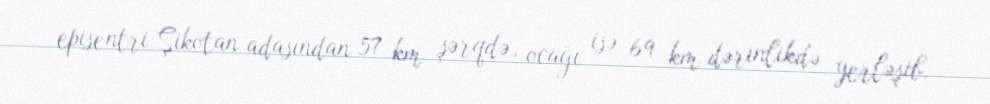
episentri Şikotan adasından 57 km şərqdə, ocağı isə 69 km dərinlikdə yerləşib.